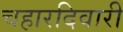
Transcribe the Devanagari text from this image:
चहारदिवारी